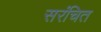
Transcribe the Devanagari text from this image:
सरंचित